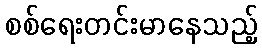
စစ်ရေးတင်းမာနေသည့်